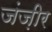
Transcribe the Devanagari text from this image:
जंज़ीर